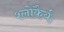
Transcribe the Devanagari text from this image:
श्लोकैर्यः